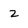
Character: z